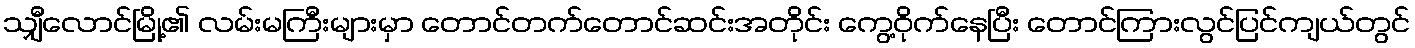
သျှီလောင်မြို့၏ လမ်းမကြီးများမှာ တောင်တက်တောင်ဆင်းအတိုင်း ကွေ့ဝိုက်နေပြီး တောင်ကြားလွင်ပြင်ကျယ်တွင်